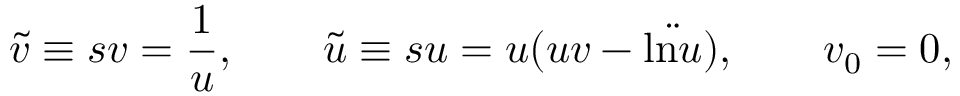
\tilde { v } \equiv s v = \frac { 1 } { u } , \qquad \tilde { u } \equiv s u = u ( u v - \ddot { \mathrm { l n } u } ) , \qquad v _ { 0 } = 0 ,